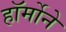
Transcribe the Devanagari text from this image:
हॉर्मोने